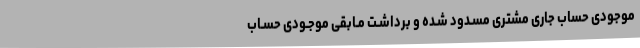
موجودی حساب جاری مشتری مسـدود شـده و برداشـت مـابقی موجـودی حسـاب